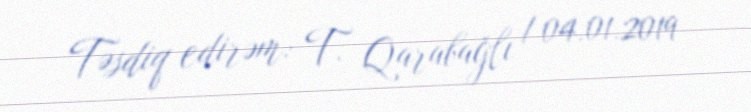
Təsdiq edirəm: T. Qarabağlı / 04.01.2019